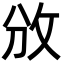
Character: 攽